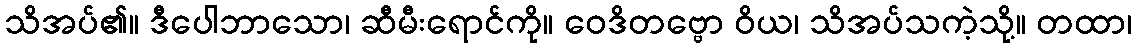
သိအပ်၏။ ဒီပေါဘာသော၊ ဆီမီးရောင်ကို။ ဝေဒိတဗ္ဗော ဝိယ၊ သိအပ်သကဲ့သို့။ တထာ၊